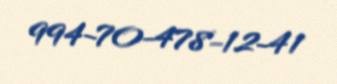
994-70-478-12-41